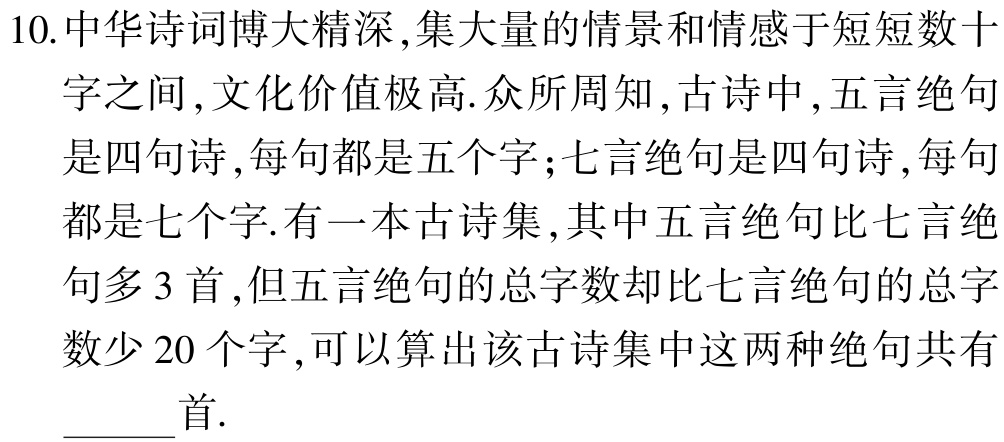
10.中华诗词博大精深,集大量的情景和情感于短短数十字之间,文化价值极高.众所周知,古诗中,五言绝句是四句诗,每句都是五个字;七言绝句是四句诗,每句都是七个字.有一本古诗集,其中五言绝句比七言绝句多3首,但五言绝句的总字数却比七言绝句的总字数少20个字,可以算出该古诗集中这两种绝句共有  首.